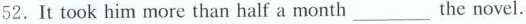
52.It took him more than half a month ____ the novel.